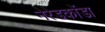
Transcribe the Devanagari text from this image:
नेरेडकोंडा